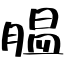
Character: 膃